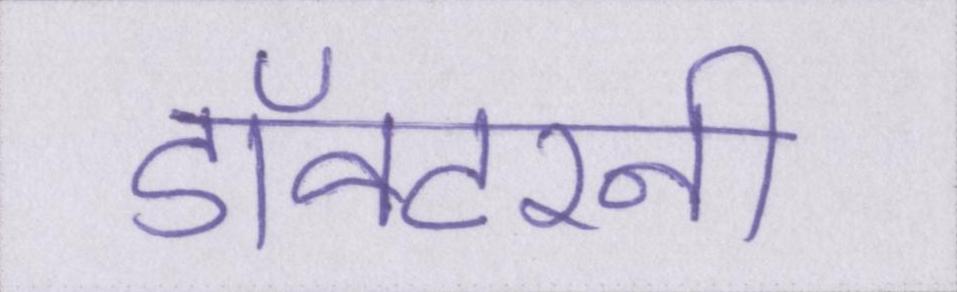
डॉक्टरनी